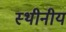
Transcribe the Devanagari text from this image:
स्थीनीय